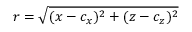
r = \sqrt { ( x - c _ { x } ) ^ { 2 } + ( z - c _ { z } ) ^ { 2 } }